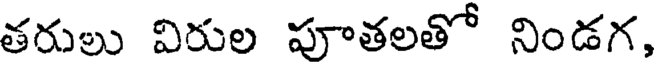
తరులు విరుల పూతలతో నిండగ,